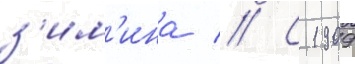
з'им'ина // С 1909